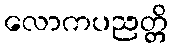
လောကပညတ္တိ